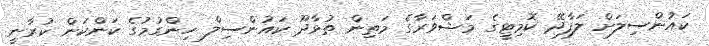
ކައުންސިލަށް ލަފާދޭ ކޮމިޓީގެ މަޝްވަރާގެ މަތިން ތުޅާދޫ ކައުންސިލް ހިންގުމުގެ ކަންކަން ކުރާނީ